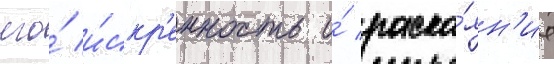
его́ и́скр'енность и́ раска́ян'ие